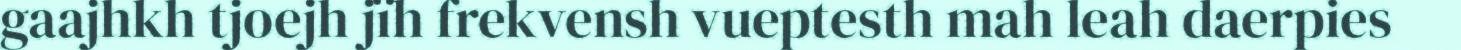
gaajhkh tjoejh jïh frekvensh vueptesth mah leah daerpies